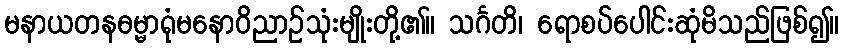
မနာယတနဓမ္မာရုံမနောဝိညာဉ်သုံးမျိုးတို့၏။ သင်္ဂတိ၊ ရောစပ်ပေါင်းဆုံမိသည်ဖြစ်၍။